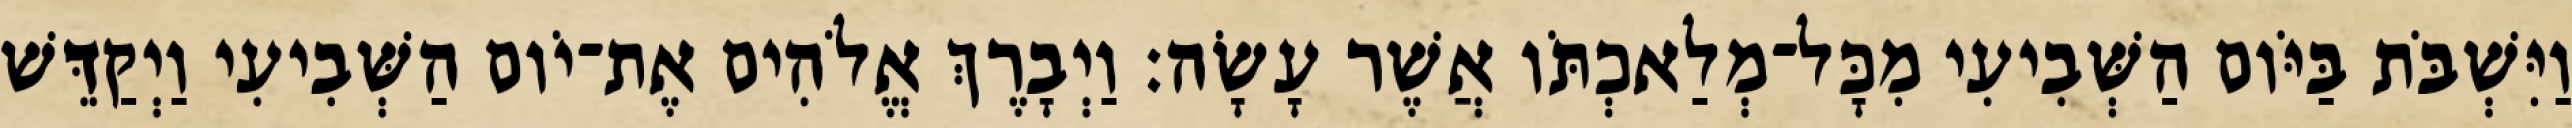
וַיִּשְׁבֹּת בַּיֹּום הַשְּׁבִיעִי מִכָּל־מְלַאכְתֹּו אֲשֶׁר עָשָׂה׃ וַיְבָרֶךְ אֱלֹהִים אֶת־יֹום הַשְּׁבִיעִי וַיְקַדֵּשׁ